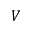
V